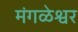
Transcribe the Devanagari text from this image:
मंगळेश्वर